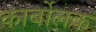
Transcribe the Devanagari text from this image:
कार्बोलक